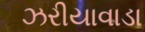
ઝરીયાવાડા